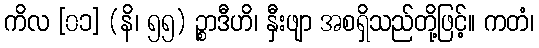
ကိလ [၀၁] (နိ၊ ၅၅) ဉ္စာဒီဟိ၊ နှီးဖျာ အစရှိသည်တို့ဖြင့်။ ကတံ၊